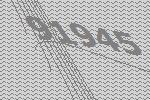
91945